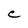
Character: C